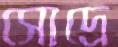
সোদ্রে